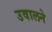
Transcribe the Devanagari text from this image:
उवालने